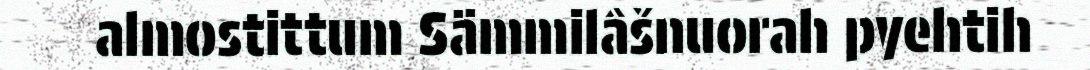
almostittum Sämmilâšnuorah pyehtih